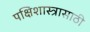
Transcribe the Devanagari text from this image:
पक्षिशास्त्रासाठी